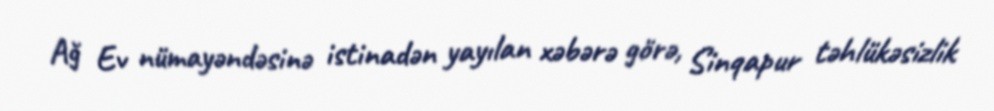
Ağ Ev nümayəndəsinə istinadən yayılan xəbərə görə, Sinqapur təhlükəsizlik